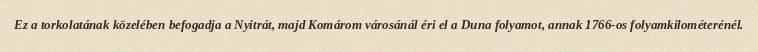
Ez a torkolatának közelében befogadja a Nyitrát, majd Komárom városánál éri el a Duna folyamot, annak 1766-os folyamkilométerénél.